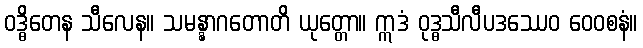
ဝဒ္ဓိတေန သီလေန။ သမန္နာဂတောတိ ယုတ္တော။ ဣဒံ ဝုဒ္ဓသီလီပဒဿေဝ ဝေဝစနံ။